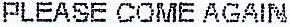
PLEASE COME AGAIN